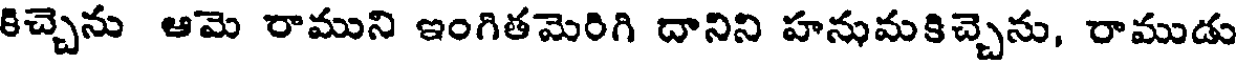
కిచ్చెను ఆమె రాముని ఇంగితమెరిగి దానిని హనుమకిచ్చెను, రాముడు